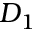
D _ { 1 }